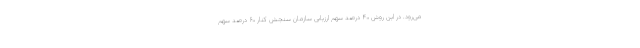
می‌رود. در این روش ۴۰ درصد سهم ارزیابی سازمان سنجش کنار ۶۰ درصد سهم